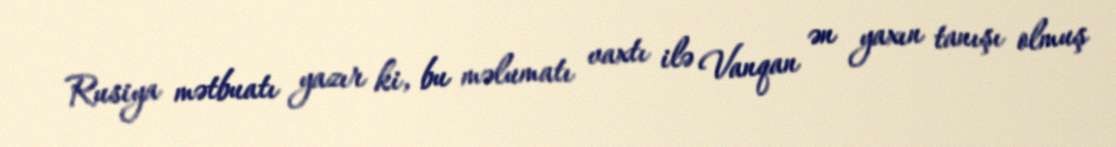
Rusiya mətbuatı yazır ki, bu məlumatı vaxtı ilə Vanqan ən yaxın tanışı olmuş